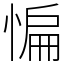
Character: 惼